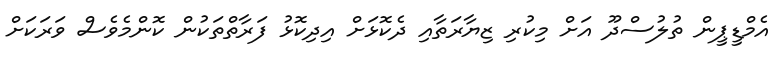
އެމްޑީޕީން ތުލުސްދޫ އަށް މިކުރި ޒިޔާރަތާއި ދެކޮޅަށް އިދިކޮޅު ފަރާތްތަކުން ކޮންމެވެސް ވަރަކަށް